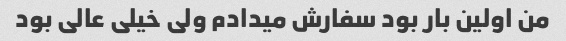
من اولین بار بود سفارش میدادم ولی خیلی عالی بود